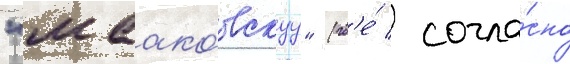
"маако́вскуу" (гд'е́ / согла́сно